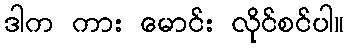
ဒါက ကား မောင်း လိုင်စင်ပါ။